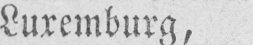
Luxemburg,